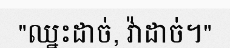
"ឈ្នះដាច់, វ៉ាដាច់។"